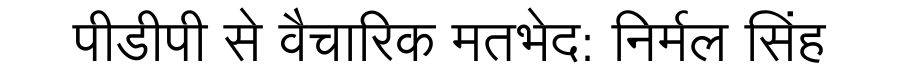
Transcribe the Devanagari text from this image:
पीडीपी से वैचारिक मतभेद: निर्मल सिंह